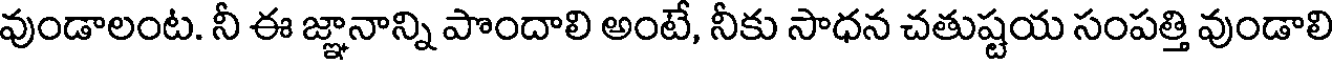
వుండాలంట. నీ ఈ జ్ఞానాన్ని పొందాలి అంటే, నీకు సాధన చతుష్టయ సంపత్తి వుండాలి